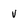
Character: v